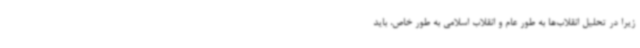
زیرا در تحلیل انقلاب‌ها به طور عام و انقلاب اسلامی به طور خاص، باید